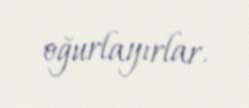
oğurlayırlar.